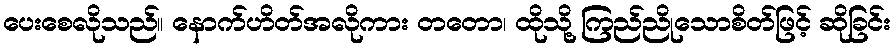
ပေးစေလိုသည်။ နောက်ဟိတ်အလိုကား တတော၊ ထိုသို့ ကြည်ညိုသောစိတ်ဖြင့် ဆိုခြင်း